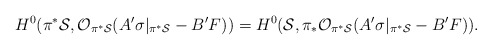
\begin{align*}H^{0}(\pi^* {\cal S}, {\cal O}_{\pi^{*}{\cal S}}(A^{\prime} \sigma|_{\pi^* {\cal S}} - B^{\prime} F))=H^{0}({\cal S}, \pi_{*} {\cal O}_{\pi^{*}{\cal S}}(A^{\prime} \sigma|_{\pi^* {\cal S}} - B^{\prime} F)).\end{align*}